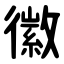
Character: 徽